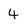
Character: 4